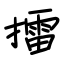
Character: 擂